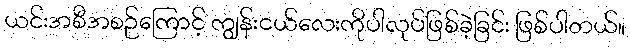
ယင်းအစီအစဉ်ကြောင့် ကျွန်းငယ်လေးကိုပါလုပ်ဖြစ်ခဲ့ခြင်း ဖြစ်ပါတယ်။